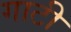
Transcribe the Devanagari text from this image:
गाटी